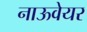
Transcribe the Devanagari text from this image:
नाऊवेयर